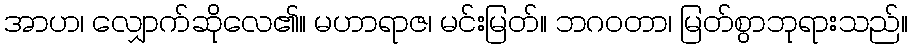
အာဟ၊ လျှောက်ဆိုလေ၏။ မဟာရာဇ၊ မင်းမြတ်။ ဘဂဝတာ၊ မြတ်စွာဘုရားသည်။